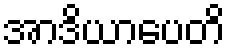
အာဒိယာပေတိ